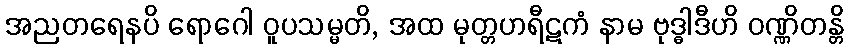
အညတရေနပိ ရောဂေါ ဝူပသမ္မတိ, အထ မုတ္တဟရီဋကံ နာမ ဗုဒ္ဓါဒီဟိ ဝဏ္ဏိတန္တိ